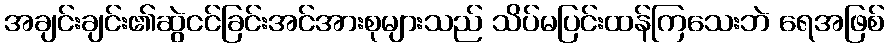
အချင်းချင်း၏ဆွဲငင်ခြင်းအင်အားစုများသည် သိပ်မပြင်းထန်ကြသေးဘဲ ရေအဖြစ်